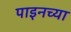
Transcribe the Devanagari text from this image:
पाइनच्या